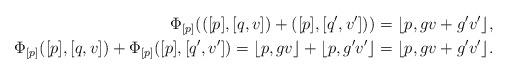
LaTeX: \begin{align*}\Phi_{[p]}(([p],[q,v])+([p],[q',v']))&=\lfloor p,gv+g'v'\rfloor,\\\Phi_{[p]}([p],[q,v])+\Phi_{[p]}([p],[q',v'])=\lfloor p,gv\rfloor+\lfloor p,g'v'\rfloor&=\lfloor p,gv+g'v'\rfloor.\end{align*}